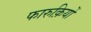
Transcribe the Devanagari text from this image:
फारुक़ियों